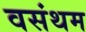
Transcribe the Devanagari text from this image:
वसंथम